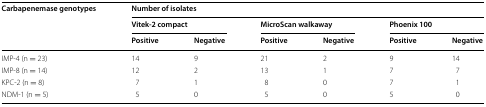
| <ROWSPAN=3> Carbapenemase genotypes | <COLSPAN=6> Number of isolates |
 | <COLSPAN=2> Vitek-2 compact | <COLSPAN=2> MicroScan walkaway | <COLSPAN=2> Phoenix 100 |
 | Positive | Negative | Positive | Negative | Positive | Negative |
 | --- | --- | --- | --- | --- | --- | --- |
 | IMP-4 (n = 23) | 14 | 9 | 21 | 2 | 9 | 14 |
 | IMP-8 (n = 14) | 12 | 2 | 13 | 1 | 7 | 7 |
 | KPC-2 (n = 8) | 7 | 1 | 8 | 0 | 7 | 1 |
 | NDM-1 (n = 5) | 5 | 0 | 5 | 0 | 5 | 0 |